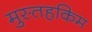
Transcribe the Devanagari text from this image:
मुस्तहकिम